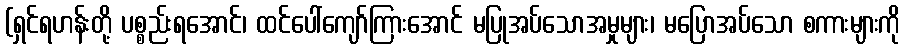
(ရှင်ရဟန်းတို့ ပစ္စည်းရအောင်၊ ထင်ပေါ်ကျော်ကြားအောင် မပြုအပ်သောအမှုများ၊ မပြောအပ်သော စကားများကို